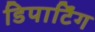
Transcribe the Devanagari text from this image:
डिपार्टिंग